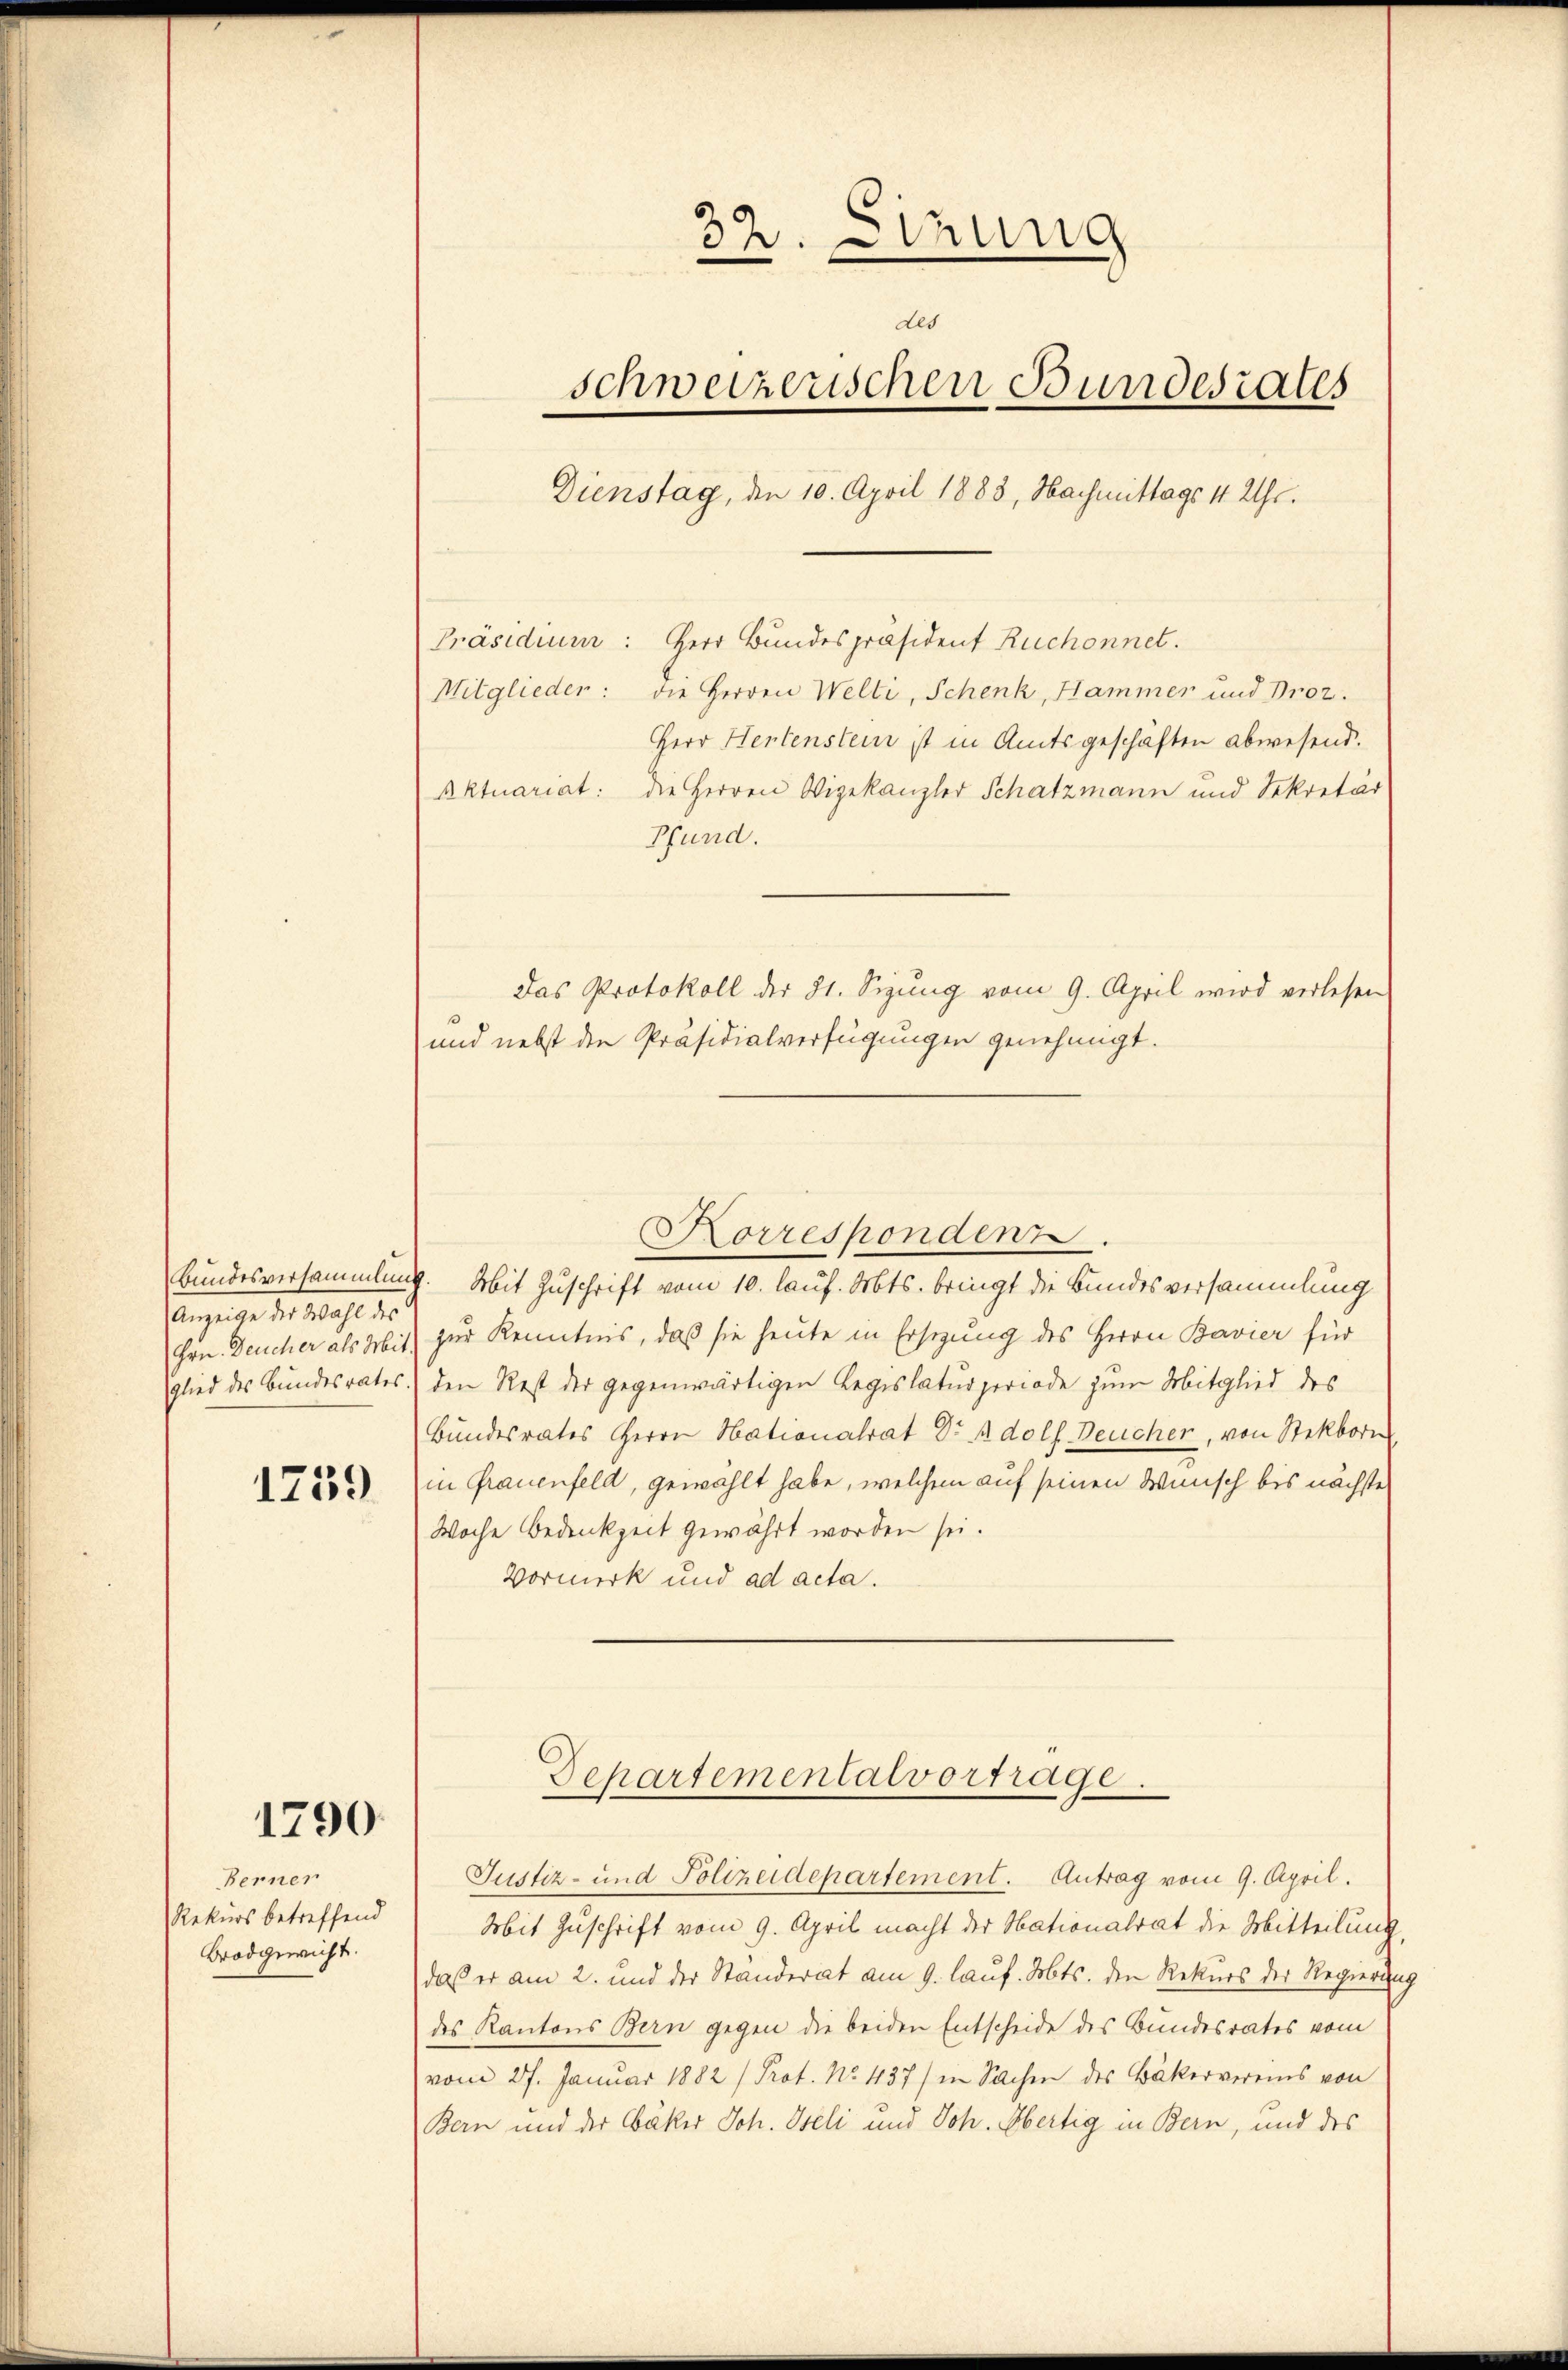
Anzeige der Wahl des
Hrn. Deucher als Mitglied des Bundesrates.

1759

1790

Berner
Rekurs betreffend
Brodgewicht.

32. Sizung
des
schweizerischen Bundesrates
Dienstag, den 10. April 1888, Nachmittags 1 Uhr.
Präsidium: Herr Bundespräsident Ruchonnet.
Mitglieder: die Herren Welti, Schenk, Hammer und Proz.
Herr Hertenstein ist in Amtsgeschäften abwesend.
Aktuariat: die Herren Wigekanzler Schatzmann und Sekretär

Bund.
Das Protokoll der 21. Sigung vom 9. April wird verlesen
und nebst den Präsidialverfügungen genehmigt.
Korrespondenz.
Bundesversammlung. Mit Zuschrift vom 10. lauf. Mts. bringt die Bundesversammlung
zur Kenntnis, daß sie heute in Ersezung des Herrn Bavier für
den Rest der gegenwärtigen Legislaturperiode zum Mitglied des
Bundesrates Herrn Nationalrat Dr Adolf Deucher, von Stekborn
in Grauenfeld, gewählt habe, welchem auf seinen Wünsch bis nächste
Woche Bedenkzeit gewährt worden sei.
Vormerk und ad acta.

Departementalvortrage.

Justiz- und Polizeidepartement. Antrag vom 9. April.
Mit Zuschrift vom 9. April macht der Nationalrat die Mitteilung,
daß er am 2. und der Standerat am 9. lauf. Mts. den Rekurs der Regierung
des Kantons Bern gegen die beiden Entscheide des Bundesrates vom
vom 27. Januar 1882 /Prot. No. 437) in Sachen des Bäkervereins von
Bern und der Bäker Joh. Iseli und Joh. Obertig in Bern, und des